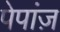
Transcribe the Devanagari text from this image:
पेपांज़